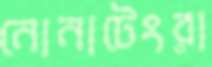
নোনাটেংরা